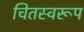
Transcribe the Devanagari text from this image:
चितस्वरूप